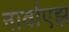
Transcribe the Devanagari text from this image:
नार्वाएझ